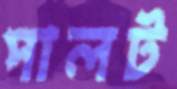
পালট